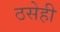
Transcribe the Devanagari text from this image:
ठसेही